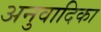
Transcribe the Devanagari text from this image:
अनुवादिका